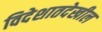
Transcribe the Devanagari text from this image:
विदेशातदेखील